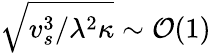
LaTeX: \sqrt{v_{s}^{3}/\lambda^{2}\kappa}\sim\mathcal{O}(1)